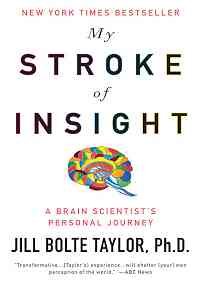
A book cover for My Stroke of Insight; Jill Bolte Taylor; Health, Fitness & Dieting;